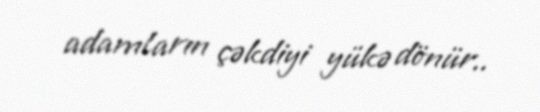
adamların çəkdiyi yükə dönür..